Indian journal of veterinary science and animal husbandry - Volume 1,
Year: 1931
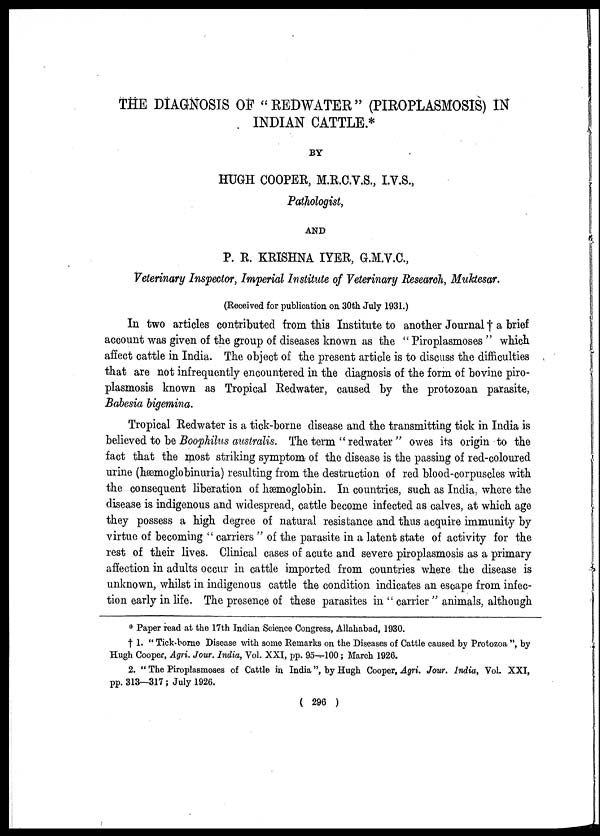
THE DIAGNOSIS OF "REDWATER" (PIROPLASMOSIS) IN
INDIAN CATTLE.*
BY
HUGH COOPER, M.R.C.V.S., I.V.S.,
Pathologist,
AND
P. R. KRISHNA IYER, G.M.V.C.,
Veterinary Inspector, Imperial Institute of Veterinary Research, Muktesar.
(Received for publication on 30th July 1931.)
In two articles contributed from this Institute to another Journal † a brief
account was given of the group of diseases known as the " Piroplasmoses " which
affect cattle in India. The object of the present article is to discuss the difficulties
that are not infrequently encountered in the diagnosis of the form of bovine piro-
plasmosis known as Tropical Redwater, caused by the protozoan parasite,
Babesia bigemina.
Tropical Redwater is a tick-borne disease and the transmitting tick in India is
believed to be Boophilus australis. The term " redwater " owes its origin to the
fact that the most striking symptom of the disease is the passing of red-coloured
urine (hæmoglobinuria) resulting from the destruction of red blood-corpuscles with
the consequent liberation of hæmoglobin. In countries, such as India, where the
disease is indigenous and widespread, cattle become infected as calves, at which age
they possess a high degree of natural resistance and thus acquire immunity by
virtue of becoming " carriers " of the parasite in a latent state of activity for the
rest of their lives. Clinical cases of acute and severe piroplasmosis as a primary
affection in adults occur in cattle imported from countries where the disease is
unknown, whilst in indigenous cattle the condition indicates an escape from infec-
tion early in life. The presence of these parasites in " carrier " animals, although
* Paper read at the 17th Indian Science Congress, Allahabad, 1930.
† 1. " Tick-borne Disease with some Remarks on the Diseases of Cattle caused by Protozoa ", by
Hugh Cooper, Agri. Jour. India, Vol. XXI, pp. 95—100 ; March 1926.
2. " The Piroplasmoses of Cattle in India", by Hugh Cooper, Agri. Jour. India, Vol. XXI,
pp. 313—317 ; July 1926.
( 296 )